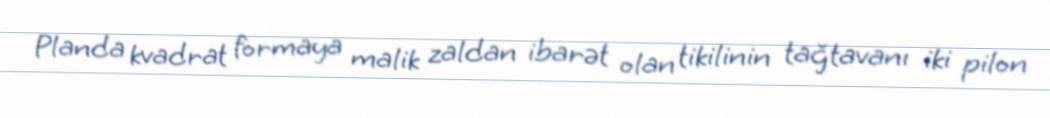
Planda kvadrat formaya malik zaldan ibarət olan tikilinin tağtavanı iki pilon